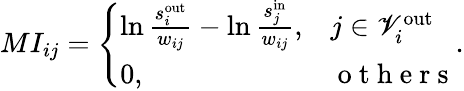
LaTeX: MI_{ij}=\left\{ \begin{array}{ll}{\ln\frac{s_{i}^{\mathrm{out}}}{w_{ij}}-\ln\frac{s_{j}^{\mathrm{in}}}{w_{ij}},}&{j\in\mathscr{V}_{i}^{\mathrm{out}}}\\ {0,}&{\mathrm{~o~t~h~e~r~s~}}\end{array}\right..